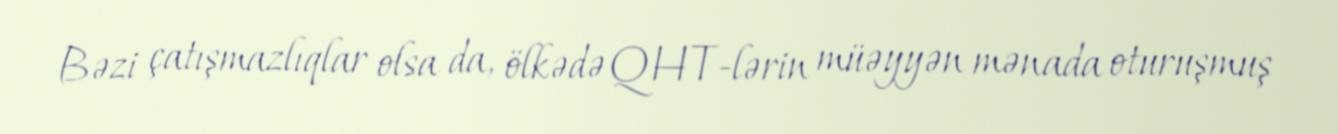
Bəzi çatışmazlıqlar olsa da, ölkədə QHT-lərin müəyyən mənada oturuşmuş